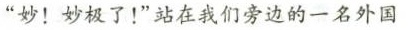
”妙！妙极了！”站在我们旁边的一名外国